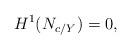
LaTeX: \begin{align*}H^1(N_{c/Y})=0, \end{align*}